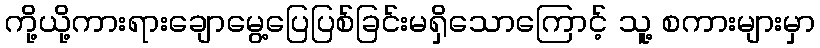
ကို့ယို့ကားရားချောမွေ့ပြေပြစ်ခြင်းမရှိသောကြောင့် သူ့ စကားများမှာ